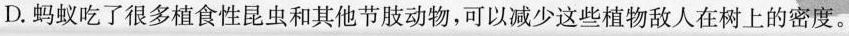
D.蚂蚁吃了很多植食性昆虫和其他节肢动物，可以减少这些植物敌人在树上的密度。